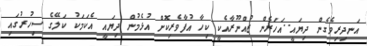
އަނދިރިވެގެން ދިޔައީ..އަހަރެން ޒުއްނޫރާއެކީ ކިހާ އުފާވެރިކޮށް އުޅެމުން ދިޔައީ އެކަމަކު ކަލޭގެ ސިހުރުގައި